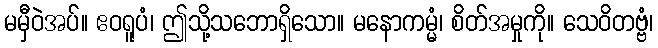
မမှီဝဲအပ်။ ဧဝရူပံ၊ ဤသို့သဘောရှိသော။ မနောကမ္မံ၊ စိတ်အမှုကို။ သေဝိတဗ္ဗံ၊